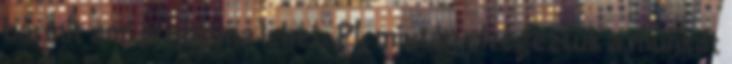
bármit ami probléma lehet. Pl. miután elvégeztük a munkát